Hæmogregarina gerbilli - Number 18
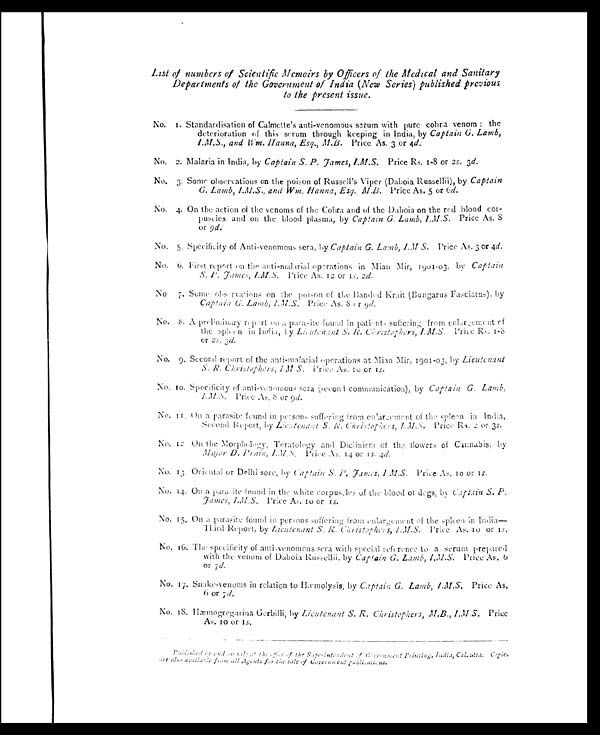
List of numbers of Scientific Memoirs by Officers of the Medical and Sanitary
Departments of the Government of India (New Series) published previous
to the present issue.
No. 1. Standardisation of Calmette's anti-venomous serum with pure cobra venom : the
deterioration of this serum through keeping in India, by Captain G. Lamb,
I.M.S., and Wm. Hanna, Esq., M.B. Price As. 3 or 4d.
No. 2. Malaria in India, by Captain S. P. James, I.M.S. Price Rs. 1-8 or 2s. 3d.
No. 3. Some observations on the poison of Russell's Viper (Daboia Russellii), by Captain
G. Lamb, I.M.S., and Wm. Hanna, Esq. M.B. Price As. 5 or 6d.
No. 4. On the action of the venoms of the Cobra and of the Daboia on the red blood cor-
- p u s c l e s a n d o n t h e b l o o d p l a s m a , b yC
a p t a i n G , L a m b , I . M . S .
P r i c e A s .
8
or 9d.
No. 5. Specificity of Anti-venomous sera, by Captain G. Lamb, I.M.S. Price As. 3 or 4d.
No. 6. Fi rs t reprt on the anti-malarial oprations in Mian Mir, 1901.03, by Captain
S. P. Jamcs, I.M.S. Price As. 1 2 or is, 2d.
No. 7. Some observations on the poison of the Banded Krait (Bungarus Fasciatus), by
Captain G. Lamb, I.M. S. Price As. 8 or 9d.
No. 8. A prelimenatry report on a para-its found in pationts suffering from enlargement
of the spleen in India, by Lieutenant
S.R. Ceristophers, I.M.S. Price Rs. 1-3
or 2S. 3d.
No. 9. Second report of the anti-malarial operations at Mian Mir, 1901-03, by Lieutenant
S. R. Christophers, I.M. S. Price As. 10 or 15.
No. 10. Specificity of anti-venomous sera (second communication), by Captain G. Lamb, I.M.S.
Price As. 8 or 9d.
No. 11 On a parasite found in persons suffering from on'argement of the s pleen in India,
Second Report, by
Lieutenant
S. R.
Christophers, I.M. S. Price Rs. 2 or 3s.
No. 12 On the Morphology, Teratology and Diclinism of the flowers of Cannabis, by
Major D. Prain, I.M.S.
Price As. 14 or 18 . 4d.
No. 13 Oriental or Delhi sore, by Captain S. P. James, 1.M.S. Price As. 10 or 18.
No. 14. On a para. ite found in the white corpuscles of the blood of dogs, by Captain S. P.
James, I.M.S.
Price As. 10 or 18.
No. 15. On a parasite found in persons suffering from enlargement of the spleen in India—
Third Report, by Lieutenant S. R.
Christophers I.M.S. Price As, 10 or 18.
No. 16. The specificity of anti-venomous sera with special reference to a serum prepared
with the venom of Daboia Russellii, by Captain G. Lamb, I.M.S. Price As. 6
or 7d.
No. 17. Snake-venoms in relation to Hæmolysis, by Captain G. Lamb, I.M.S. Price As.
6 or 7d.
No. 18. Hæmogregarina Gerbilli, by Licutenant S. R. Christophers, M.B., I.M.S. Price
As. 10 or 18.
Publ i shed by and on sal e at t he ef f ect of t he Super i nt endent of Gover nment pr i nt i ns, I ndi a, Cul cut t a. Copi esi nc al so avai l abl e f r om al l Agent s f or t he sal e of Gover nment publ at i ons.